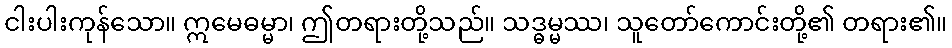
ငါးပါးကုန်သော။ ဣမေဓမ္မာ၊ ဤတရားတို့သည်။ သဒ္ဓမ္မဿ၊ သူတော်ကောင်းတို့၏ တရား၏။